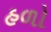
હળો